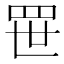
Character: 𬙚